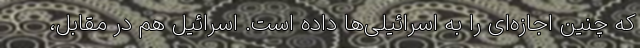
که چنین اجازه‌ای را به اسرائیلی‌ها داده است. اسرائیل هم در مقابل،